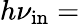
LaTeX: h\nu_{\mathrm{in}}=